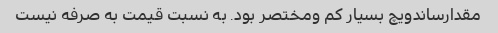
مقدارساندویچ بسیار کم ومختصر بود. به نسبت قیمت به صرفه نیست